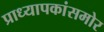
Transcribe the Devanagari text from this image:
प्राध्यापकांसमोर